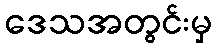
ဒေသအတွင်းမှ